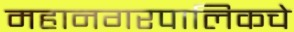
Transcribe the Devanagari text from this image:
महानगरपालिकचे